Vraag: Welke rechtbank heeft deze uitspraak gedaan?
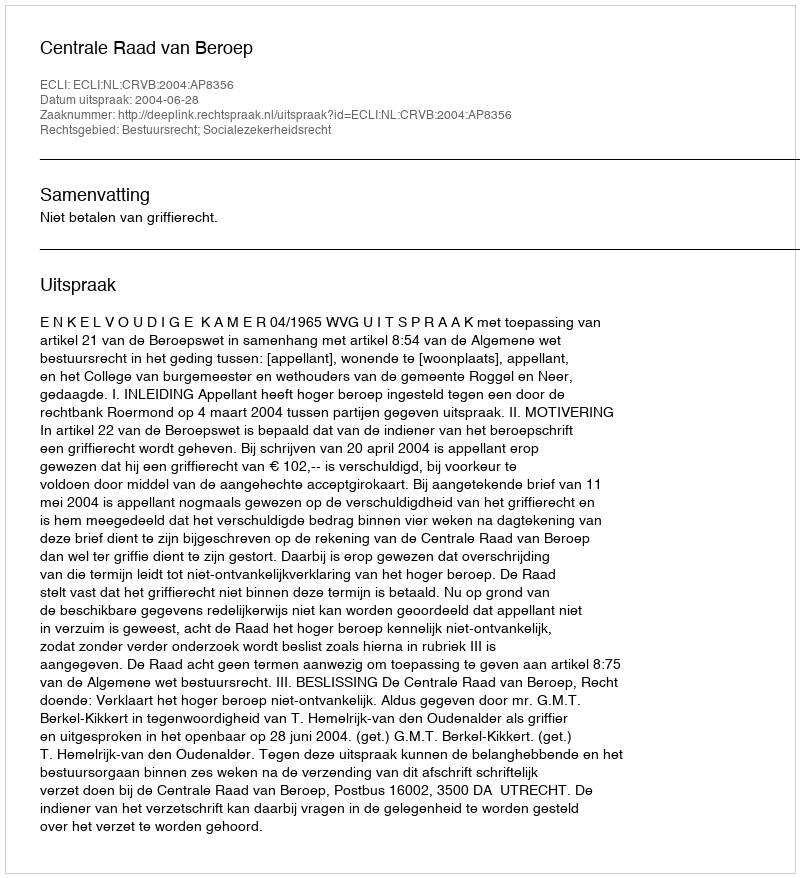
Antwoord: Centrale Raad van Beroep